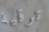
ترقية